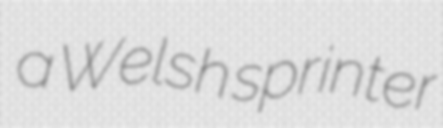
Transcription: a Welsh sprinter